Vaccination in Bombay 1856-1862 - 1856-1862
Year: 1856
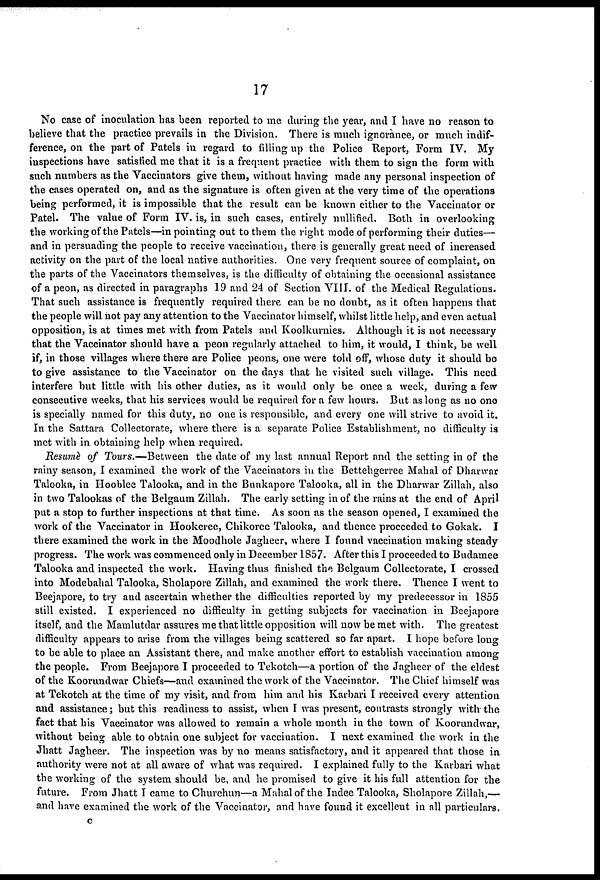
17
No case of inoculation has been reported to me during the year, and I have no reason to
believe that the practice prevails in the Division. There is much ignorance, or much indif-
ference, on the part of Patels in regard to filling up the Police Report, Form IV. My
inspections have satisfied me that it is a frequent practice with them to sign the form with
such numbers as the Vaccinators give them, without having made any personal inspection of
the cases operated on, and as the signature is often given at the very time of the operations
being performed, it is impossible that the result can be known either to the Vaccinator or
Patel. The value of Form IV. is, in such cases, entirely nullified. Both in overlooking
the working of the Patels—in pointing out to them the right mode of performing their duties—
and in persuading the people to receive vaccination, there is generally great need of increased
activity on the part of the local native authorities. One very frequent source of complaint, on
the parts of the Vaccinators themselves, is the difficulty of obtaining the occasional assistance
of a peon, as directed in paragraphs 19 and 24 of Section VIII. of the Medical Regulations.
That such assistance is frequently required there can be no doubt, as it often happens that
the people will not pay any attention to the Vaccinator himself, whilst little help, and even actual
opposition, is at times met with from Patels and Koolkurnies. Although it is not necessary
that the Vaccinator should have a peon regularly attached to him, it would, I think, be well
if, in those villages where there are Police peons, one were told off, whose duty it should be
to give assistance to the Vaccinator on the days that he visited such village. This need
interfere but little with his other duties, as it would only be once a week, during a few
consecutive weeks, that his services would be required for a few hours. But as long as no one
is specially named for this duty, no one is responsible, and every one will strive to avoid it.
In the Sattara Collectorate, where there is a separate Police Establishment, no difficulty is
met with in obtaining help when required.
Resume of Tours.—Between
the date of my last annual Report and the setting in of the
rainy season, I examined the work of the Vaccinators in the Bettehgerree Mahal of Dharwar
Talooka, in Hooblee Talooka, and in the Bunkapore Talooka, all in the Dharwar Zillah, also
in two Talookas of the Belgaum Zillah. The early setting in of the rains at the end of April
put a stop to further inspections at that time. As soon as the season opened, I examined the
work of the Vaccinator in Hookeree, Chikoree Talooka, and thence proceeded to Gokak. I
there examined the work in the Moodhole Jagheer, where I found vaccination making steady
progress. The work was commenced only in December 1857. After this I proceeded to Budamee
Talooka and inspected the work. Having thus finished the Belgaum Collectorate, I crossed
into Modebahal Talooka, Sholapore Zillah, and examined the work there. Thence I went to
Beejapore, to try and ascertain whether the difficulties reported by my predecessor in 1855
still existed. I experienced no difficulty in getting subjects for vaccination in Beejapore
itself, and the Mamlutdar assures me that little opposition will now be met with. The greatest
difficulty appears to arise from the villages being scattered so far apart. I hope before long
to be able to place an Assistant there, and make another effort to establish vaccination among
the people. From Beejapore I proceeded to Tekotch—a portion of the Jagheer of the eldest
of the Koorundwar Chiefs—and examined the work of the Vaccinator. The Chief himself was
at Tekotch at the time of my visit, and from him and his Karbari I received every attention
and assistance; but this readiness to assist, when I was present, contrasts strongly with the
fact that his Vaccinator was allowed to remain a whole month in the town of Koorundwar,
without being able to obtain one subject for vaccination. I next examined the work in the
Jhatt Jagheer. The inspection was by no means satisfactory, and it appeared that those in
authority were not at all aware of what was required. I explained fully to the Karbari what
the working of the system should be, and he promised to give it his full attention for the
future. From Jhatt I came to Churchun—a Mahal of the Indee Talooka, Sholapore Zillah,—
and have examined the work of the Vaccinator, and have found it excellent in all particulars.
c